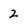
Character: 2